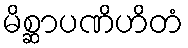
မိစ္ဆာပဏိဟိတံ